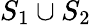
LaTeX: S_{1}\cup S_{2}